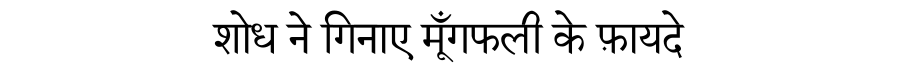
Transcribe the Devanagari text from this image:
शोध ने गिनाए मूँगफली के फ़ायदे